Report on horse surra - Volume I
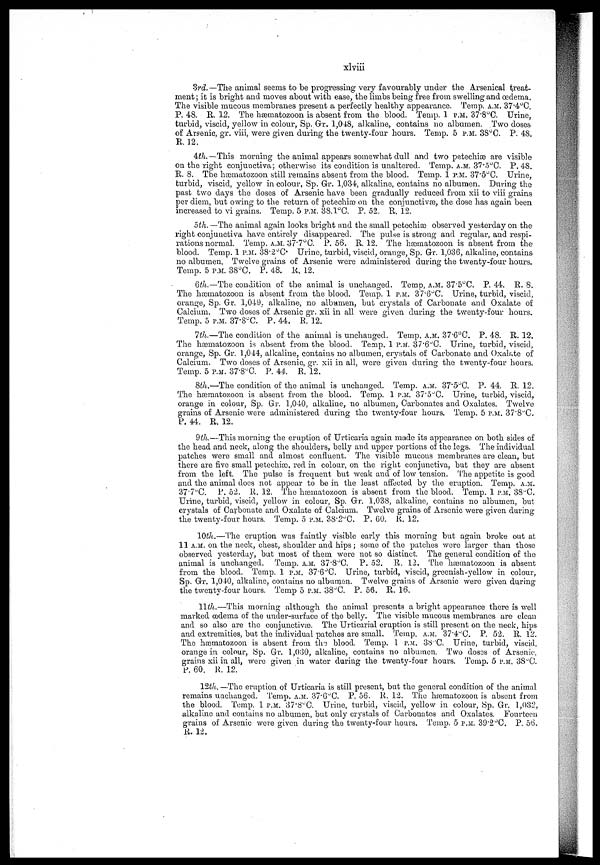
xlviii
3rd.—The animal seems to be progressing very favourably under the Arsenical treat-
ment ; it is bright and moves about with ease, the limbs being free from swelling and oedema.
The visible mucous membranes present a perfectly healthy appearance. Temp. A.M. 37.4°C.
P. 48. E. 12. The hæmatozoon is absent from the blood. Temp. 1 P.M. 37.8°C. Urine,
turbid, viscid, yellow in colour, Sp.Gr. 1,048, alkaline, contains no albumen. Two doses
of Arsenic, gr. viii, were given during the twenty-four hours. Temp. 5 P.M. 38°C. P. 48.
R. 12.
4th.-This
morning the animal appears somewhat dull and two petechiæ are visible
on the right conjunctiva; otherwise its condition is unaltered. Temp. A.M. 37.5°C. P. 48.
R. 8. The hæmatozoon still remains absent from the blood. Temp. 1 P.M. 37.5°C. Urine,
turbid, viscid, yellow in colour, Sp. Gr. 1,034, alkaline, contains no albumen. During the
past two days the doses of Arsenic have been gradually reduced from xii to viii grains
per diem, but owing to the return of petechiæ on the conjunctivæ, the dose has again been
increased to vi grains. Temp. 5 P.M. 38.1°C. P. 52. R. 12.
5th.—The animal again looks bright and the small petechiæ observed yesterday on the
right conjunctiva have entirely disappeared. The pulse is strong and regular, and respi-
rations normal. Temp. A.M. 37.7°C. P. 56. R. 12. The hæmatozoon is absent from the
blood. Temp. 1 P.M. 38.2°C. Urine, turbid, viscid, orange, Sp. Gr. 1,036, alkaline, contains
no albumen, Twelve grains of Arsenic were administered during the twenty-four hours.
Temp. 5 P.M. 38°C. P. 48. R. 12.
6th.—The condition of the animal is unchanged. Temp, A.M. 37.5°C. P. 44. R. 8.
The hæmatozoon is absent from the blood. Temp. 1 P.M. 37.6°C. Urine, turbid, viscid,
orange, Sp. Gr. 1,040, alkaline, no albumen, but crystals of Carbonate and Oxalate of
Calcium. Two doses of Arsenic gr. xii in all were given during the twenty-four hours.
Temp. 5 P.M. 37.8°C. P. 44. R 12.
7th.—The condition of the animal is unchanged. Temp. A.M. 37.6°C. P. 48. R. 12.
The hæmatozoon is absent from the blood. Temp. 1 P.M. 37.6°C. Urine, turbid, viscid,
orange, Sp. Gr. 1,044, alkaline, contains no albumen, crystals of Carbonate and Oxalate of
Calcium. Two doses of Arsenic, gr. xii in all, were given during the twenty-four hours.
Temp. 5 P.M. 37.8°C. P. 44. R. 12.
8th.—The condition of the animal is unchanged. Temp. A.M. 37.5°0. P. 44. R. 12.
The hæmatozoon is absent from the blood. Temp. 1 P.M. 37.5°C. Urine, turbid, viscid,
orange in colour, Sp. Gr. 1,0 10, alkaline, no albumen, Carbonates and Oxalates. Twelve
grains of Arsenic were administered during the twenty-four hours. Temp. 5 P.M. 37.8°C.
P. 44. R. 12.
9th.—This morning the eruption of Urticaria again made its appearance on both sides of
the head and neck, along the shoulders, belly and upper portions of the legs. The individual
patches were small and almost confluent. The visible mucous membranes are clean, but
there are five small petechiæ, red in colour, on the right conjunctiva, but they are absent
from the left. The pulse is frequent but weak and of low tension. The appetite is good
and the animal does not appear to be in the least affected by the eruption. Temp. A.M.
37.7°C. P. 52. R. 12. The hæmatozoon is absent from the blood. Temp. 1 P.M. 38°C.
Urine, turbid, viscid, yellow in colour, Sp. Gr. 1,038, alkaline, contains no albumen, but
crystals of Carbonate and Oxalate of Calcium. Twelve grains of Arsenic were given during
the twenty-four hours. Temp. 5 P.M. 38.2°C. P. 60. R. 12.
10th.—The eruption was faintly visible early this morning but again broke out at
11 A.M. on the neck, chest, shoulder and hips; some of the patches were larger than those
observed yesterday, but most of them were not so distinct. The general condition of the
animal is unchanged. Temp. A.M. 37.8°C. P. 52. R. 12. The hæmatozoon is absent
from the blood. Temp. 1 P.M. 37.6°C. Urine, turbid, viscid, greenish-yellow in colour,
Sp, Gr. 1,040, alkaline, contains no albumen. Twelve grains of Arsenic were given during
the twenty-four hours. Temp 5 P.M. 38°C. P. 56. R. 16.
11th.—This morning although the animal presents a bright appearance there is well
marked oedema of the under-surface of the belly. The visible mucous membranes are clean
and so also are the conjunctivæ. The Urticarial eruption is still present on the neck, hips
and extremities, but the individual patches are small. Temp. A.M. 37.4°C. P. 52. R. 12.
The hæmatozoon is absent from the blood. Temp. 1 P.M. 38.C. Urine, turbid, viscid,
orange in colour, Sp. Gr. 1,030, alkaline, contains no albumen. Two doses of Arsenic.
grains xii in all, were given in water during the twenty-four hours. Temp. 5 P.M. 38°C.
P. 60. R. 12.
12th. —The eruption of Urticaria is still present, but the general condition of the animal
remains unchanged. Temp. A.M. 37.6°C. P. 56. R. 12. The hæmatozoon is absent from
the blood. Temp. 1 P.M. 37.8°C. Urine, turbid, viscid, yellow in colour, Sp. Gr. 1,032,
alkaline and contains no albumen, but only crystals of Carbonates and Oxalates. Fourteen
grains of Arsenic were given during the twenty-four hours. Temp. 5 P.M. 39.2°C, P. 56.